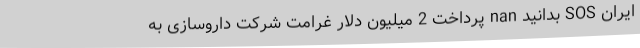
ایران SOS بدانید nan پرداخت 2 میلیون دلار غرامت شرکت داروسازی به